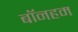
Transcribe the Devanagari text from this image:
बॉनहम